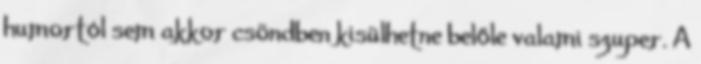
humortól sem akkor csöndben kisülhetne belőle valami szuper. A